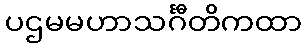
ပဌမမဟာသင်္ဂီတိကထာ